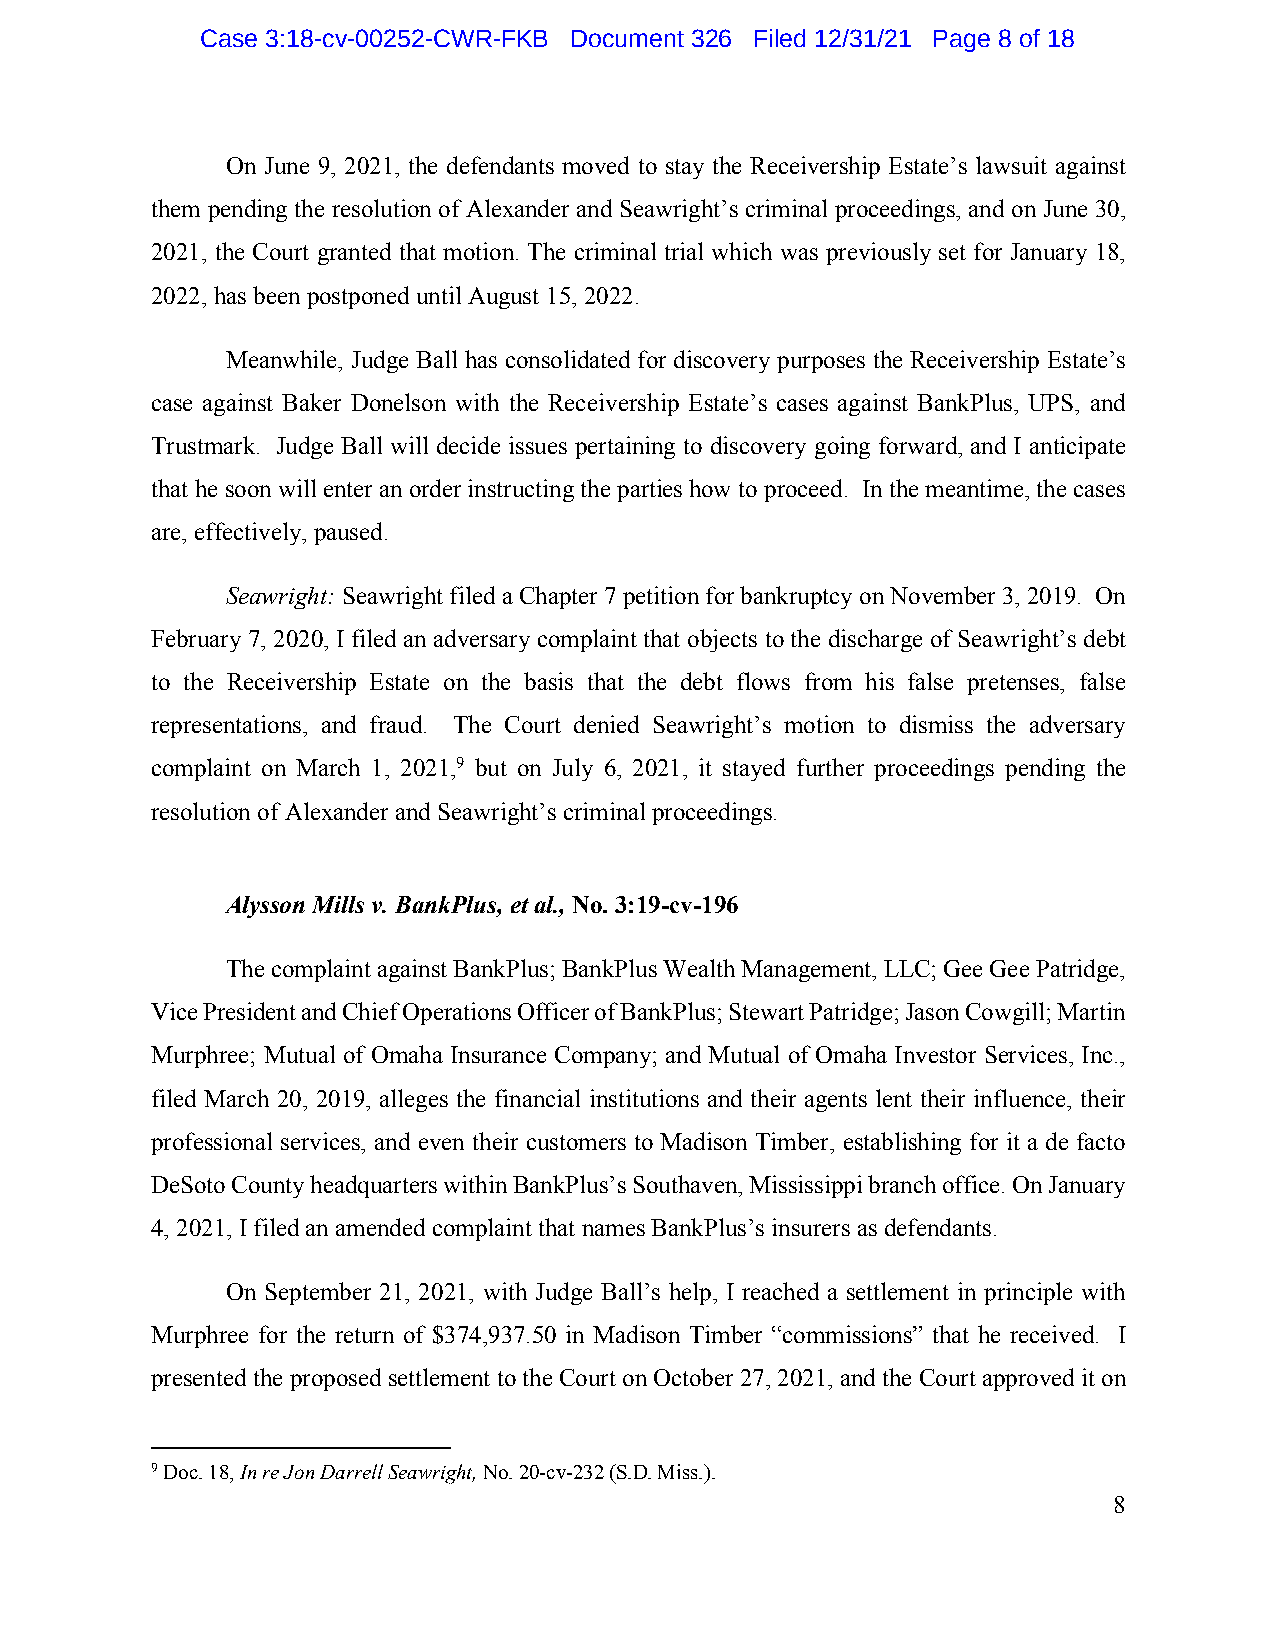
Case 3:18-cv-00252-CWR-FKB Document 326 Filed 12/31/21 Page 8 of 18
 On June 9, 2021, the defendants moved to stay the Receivership Estate’s lawsuit against
 them pending the resolution of Alexander and Seawright’s criminal proceedings, and on June 30,
 2021, the Court granted that motion. The criminal trial which was previously set for January 18,
 2022, has been postponed until August 15, 2022.
 Meanwhile, Judge Ball has consolidated for discovery purposes the Receivership Estate’s
 case against Baker Donelson with the Receivership Estate’s cases against BankPlus, UPS, and
 Trustmark. Judge Ball will decide issues pertaining to discovery going forward, and I anticipate
 that he soon will enter an order instructing the parties how to proceed. In the meantime, the cases
 are, effectively, paused.
 Seawright: Seawright filed a Chapter 7 petition for bankruptcy on November 3, 2019. On
 February 7, 2020, I filed an adversary complaint that objects to the discharge of Seawright’s debt
 to the Receivership Estate on the basis that the debt flows from his false pretenses, false
 representations, and fraud. The Court denied Seawright’s motion to dismiss the adversary
 complaint on March 1, 2021,9 but on July 6, 2021, it stayed further proceedings pending the
 resolution of Alexander and Seawright’s criminal proceedings.
 Alysson Mills v. BankPlus, et al., No. 3:19-cv-196
 The complaint against BankPlus; BankPlus Wealth Management, LLC; Gee Gee Patridge,
 Vice President and Chief Operations Officer of BankPlus; Stewart Patridge; Jason Cowgill; Martin
 Murphree; Mutual of Omaha Insurance Company; and Mutual of Omaha Investor Services, Inc.,
 filed March 20, 2019, alleges the financial institutions and their agents lent their influence, their
 professional services, and even their customers to Madison Timber, establishing for it a de facto
 DeSoto County headquarters within BankPlus’s Southaven, Mississippi branch office. On January
 4, 2021, I filed an amended complaint that names BankPlus’s insurers as defendants.
 On September 21, 2021, with Judge Ball’s help, I reached a settlement in principle with
 Murphree for the return of $374,937.50 in Madison Timber “commissions” that he received. I
 presented the proposed settlement to the Court on October 27, 2021, and the Court approved it on
 9 Doc. 18, In re Jon Darrell Seawright, No. 20-cv-232 (S.D. Miss.).
 8